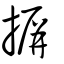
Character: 摒